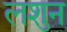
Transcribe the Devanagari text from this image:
लशुन